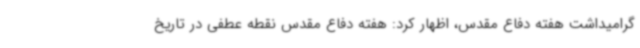
گرامیداشت هفته دفاع مقدس، اظهار کرد: هفته دفاع مقدس نقطه عطفی در تاریخ